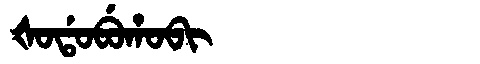
Manchu: ᡧᠣᡩᠣᠪᡠᡥᠣᠪᡳ
Romanization: ŠODOBUHOBI